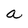
Character: a